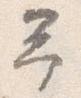
予